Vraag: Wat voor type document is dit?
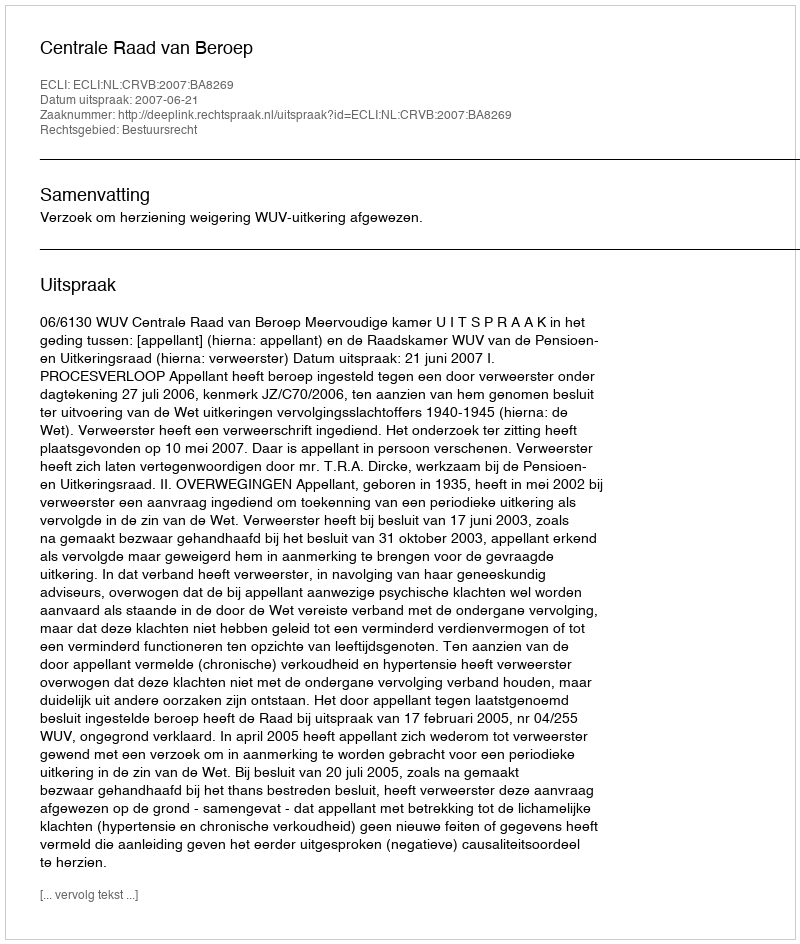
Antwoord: Uitspraak